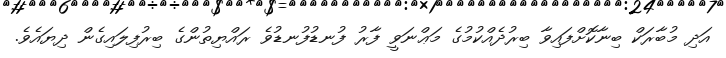
އަދި މުބާރަކް ބިނާކޮށްފައިވާ ބިރުދެއްކުމުގެ މަޢްނަވީ ފާރު ފުނޑުފުނޑުވެ ރައްޔިތުންގެ ބިރުފިލައިގެން ދިޔައެވެ.